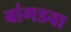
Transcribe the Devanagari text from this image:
बांगडवा